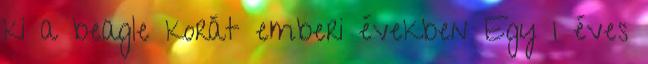
ki a beagle korát emberi években Egy 1 éves